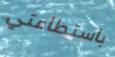
باستطاعتي